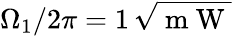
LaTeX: \Omega_{1}/2\pi=1\, \sqrt{\mathrm{~m~W~}}